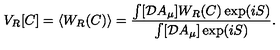
V _ { R } [ C ] = \langle W _ { R } ( C ) \rangle = { \frac { \int [ { \cal D } A _ { \mu } ] W _ { R } ( C ) \exp ( i S ) } { \int [ { \cal D } A _ { \mu } ] \exp ( i S ) } } .